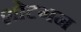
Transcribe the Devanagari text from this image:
शोटगन